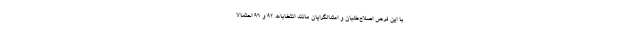
با این فرض اصلاح‌طلبان و اعتدالگرایان مانند انتخابات ۹۲ و ۹۶ احتمالا